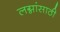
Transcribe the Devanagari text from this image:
लग्नांसाठी